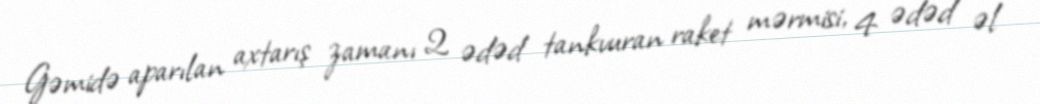
Gəmidə aparılan axtarış zamanı 2 ədəd tankvuran raket mərmisi, 4 ədəd əl